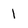
Character: 1